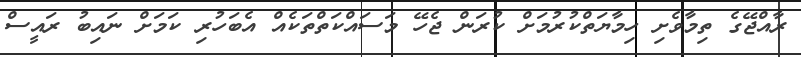
ރާއްޖޭގެ ތިމާވެށި ހިމާޔަތްކުރުމަށް ކުރަން ޖެހޭ މަސައްކަތްތަކެއް އެބަހުރި ކަމަށް ނައިބު ރައީސް